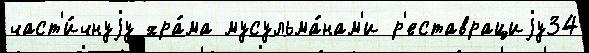
част'и́чнуjу хра́ма мусульма́нам'и р'еставрациjу34